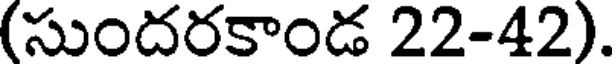
(సుందరకాండ 22-42).